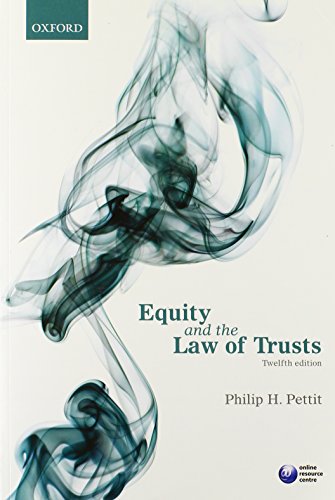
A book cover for Equity and the Law of Trusts; Philip H. Pettit; Law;